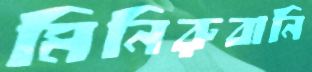
মিনিরুবানি